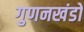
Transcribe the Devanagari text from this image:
गुणनखंडों